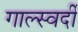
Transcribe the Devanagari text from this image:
गाल्स्वर्दी